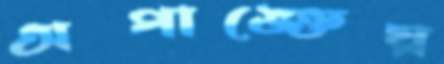
অপাঙ্‌ক্তেয়